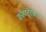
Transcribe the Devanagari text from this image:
कॉण्टे्रक्ट